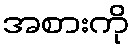
အစားကို